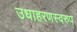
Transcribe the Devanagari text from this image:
उधाहरणस्वरुप